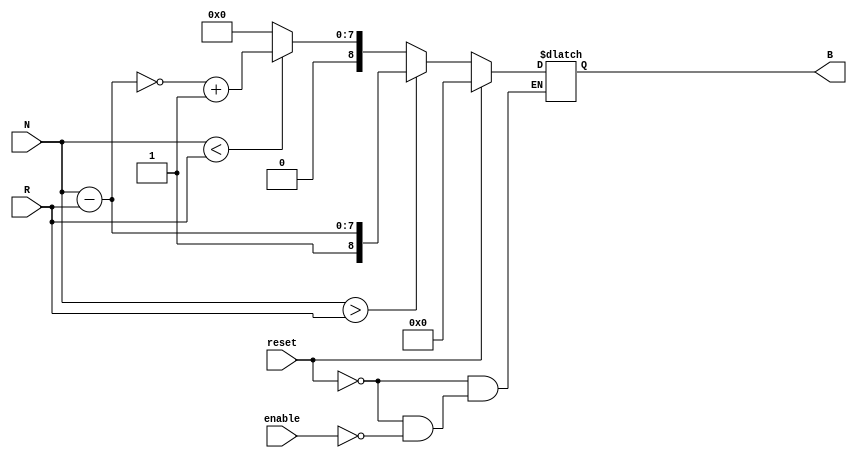
module RelativeEncoder #(
    parameter N_BITS = 8, // Number of bits for position input
    parameter B_BITS = N_BITS + 1 // Output bits (1 extra for sign)
)(
    input wire [N_BITS-1:0] N, // Current position input
    input wire [N_BITS-1:0] R, // Reference position input
    input wire reset,           // Reset signal
    input wire enable,          // Enable signal
    output reg [B_BITS-1:0] B  // Binary output
);

    // Internal signals for comparison
    wire [N_BITS-1:0] diff;
    wire is_greater, is_less, is_equal;

    // Combinational logic for comparison
    assign diff = N - R; // Calculate the difference
    assign is_greater = (N > R);
    assign is_less = (N < R);
    assign is_equal = (N == R);

    always @(*) begin
        if (reset) begin
            B = 0; // Reset output to zero
        end else if (enable) begin
            if (is_greater) begin
                B = {1'b1, diff}; // Positive relative position
            end else if (is_less) begin
                B = {1'b0, ~diff + 1'b1}; // Negative relative position (2's complement)
            end else begin
                B = {1'b0, {N_BITS{1'b0}}}; // No change
            end
        end else begin
            B = B; // Maintain current output if not enabled
        end
    end

endmodule